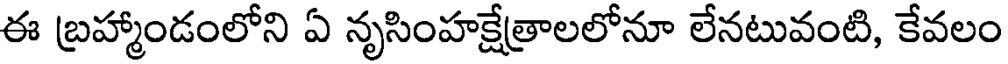
ఈ బ్రహ్మాండంలోని ఏ నృసింహక్షేత్రాలలోనూ లేనటువంటి, కేవలం